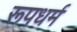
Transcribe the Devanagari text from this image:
रूपधर्म